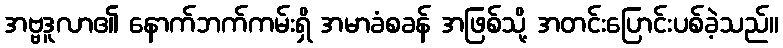
အဗ္ဗဒူလာ၏ နောက်ဘက်ကမ်းရှိ အမာခံစခန် အဖြစ်သို့ အတင်းပြောင်းပစ်ခဲ့သည်။